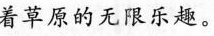
着草原的无限乐趣。